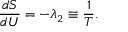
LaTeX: { \frac { d S } { d U } } = - \lambda _ { 2 } \equiv { \frac { 1 } { T } } .